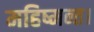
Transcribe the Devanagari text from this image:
महिष्मन्त।